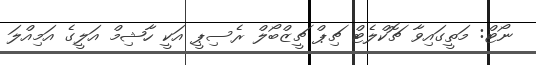
ނޯޓް: މަތީގައިވާ ޗޮކްލެޓް ޗިޕް ޗީޒްބޯލް ރެސިޕީ އަކީ ހާޝިމް އަލީގެ އަމިއްލަ